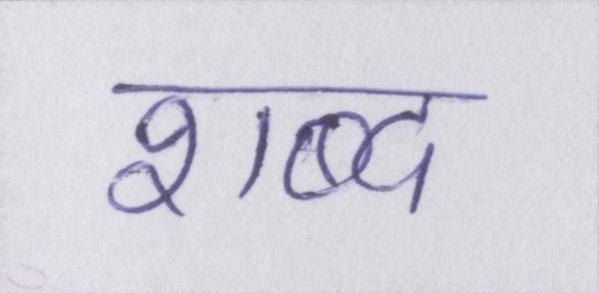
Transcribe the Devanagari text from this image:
शब्द